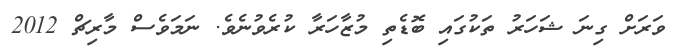
ވަރަށް ގިނަ ޝަހަރު ތަކުގައި ބޮޑެތި މުޒާހަރާ ކުރެވުނެވެ. ނަމަވެސް މާރިޗް 2012